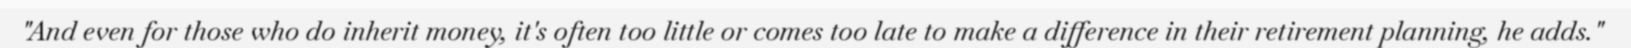
"And even for those who do inherit money, it's often too little or comes too late to make a difference in their retirement planning, he adds."